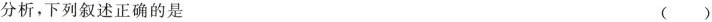
分析，下列叙述正确的是 ( )